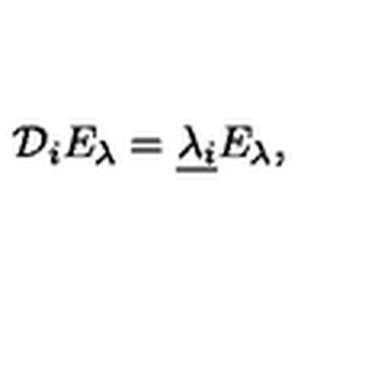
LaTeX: { \mathcal D } _ { i } E _ { \lambda } = \underline { { \lambda _ { i } } } E _ { \lambda } ,